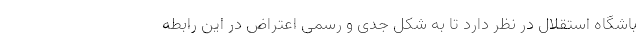
باشگاه استقلال در نظر دارد تا به شکل جدی و رسمی اعتراض در این رابطه